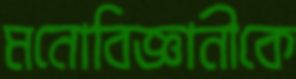
মনোবিজ্ঞানীকে